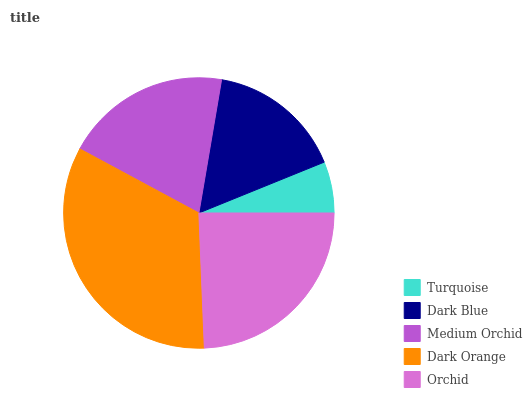
| Turquoise | Dark Blue | Medium Orchid | Dark Orange | Orchid |
 | --- | --- | --- | --- | --- |
 | 6.12% | 16.2% | 19.9% | 33.5% | 24.3% |